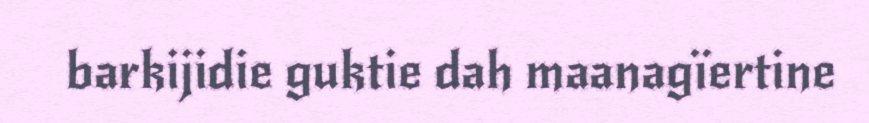
barkijidie guktie dah maanagïertine